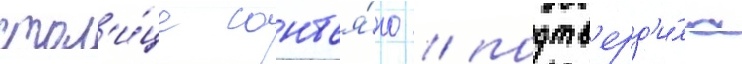
стол'и́це сантья́го / подтв'ерд'и́ла